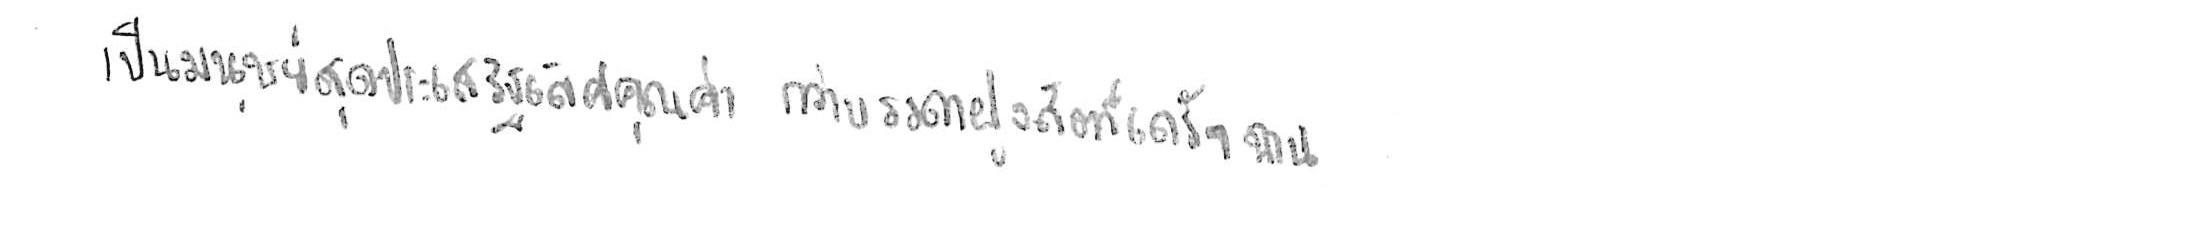
เป็นมนุษย์สุดประเสริฐเลิศคุณค่า กว่าบรรดาฝูงสัตว์เดรัจฉาน